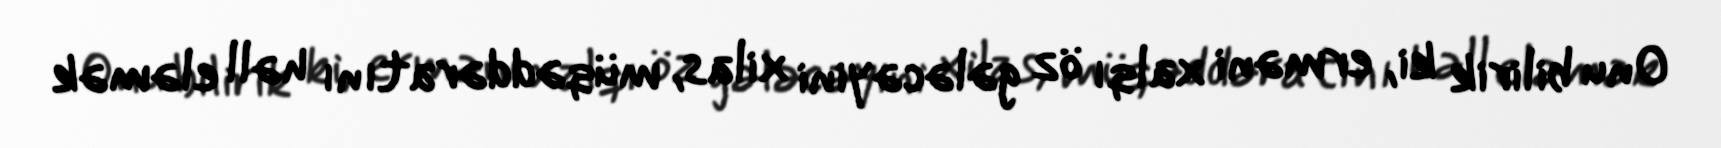
Onu bilirik ki, erməni xalqı öz gələcəyini xilas, müqəddəratını həll eləmək